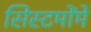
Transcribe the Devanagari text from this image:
सिस्टमोंमे